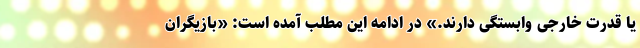
یا قدرت خارجی وابستگی دارند.» در ادامه این مطلب آمده است: «بازیگران